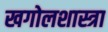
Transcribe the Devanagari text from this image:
खगोलशास्त्रा